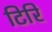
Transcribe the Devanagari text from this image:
टिरि